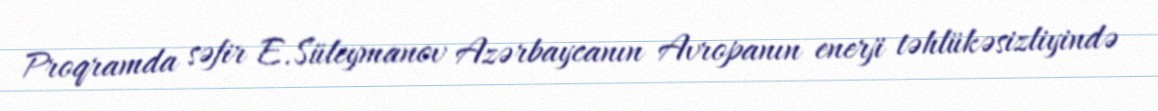
Proqramda səfir E.Süleymanov Azərbaycanın Avropanın enerji təhlükəsizliyində